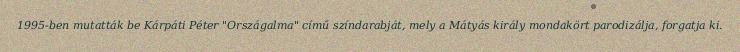
1995-ben mutatták be Kárpáti Péter "Országalma" című színdarabját, mely a Mátyás király mondakört parodizálja, forgatja ki.